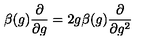
\beta ( g ) \frac { \partial } { \partial g } = 2 g \beta ( g ) \frac { \partial } { \partial g ^ { 2 } }